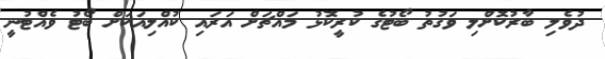
ދުވެލި ބާރުކޮށްލި ވަގުތު ބޯޓުގެ ކުރީކޮޅު މައްޗަށް އަރައި ކުއްލިއަކަށް ބޯޓު ވެއްޓުނީ